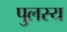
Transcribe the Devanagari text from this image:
पुलस्य